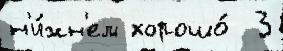
н'и́жн'ем хорошо́  3